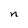
Character: n